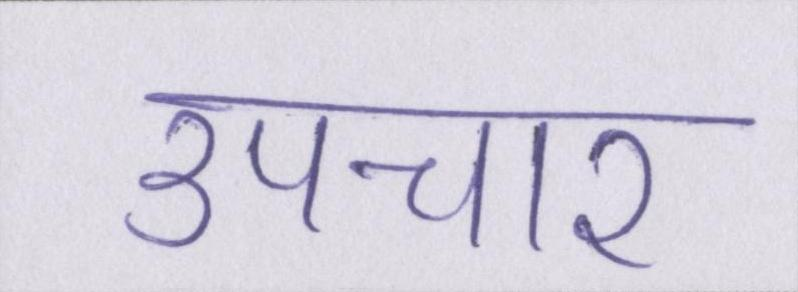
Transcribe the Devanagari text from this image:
उपचार